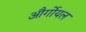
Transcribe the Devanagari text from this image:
और्गोयल